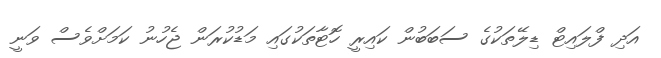
އަދި ފްލައިޓް ޑިލޭތަކުގެ ސަބަބުން ކައިރީ ހޮޓާތަކުގައި މަޑުކުރަން ޖެހުނު ކަމަށްވެސް ވަނީ